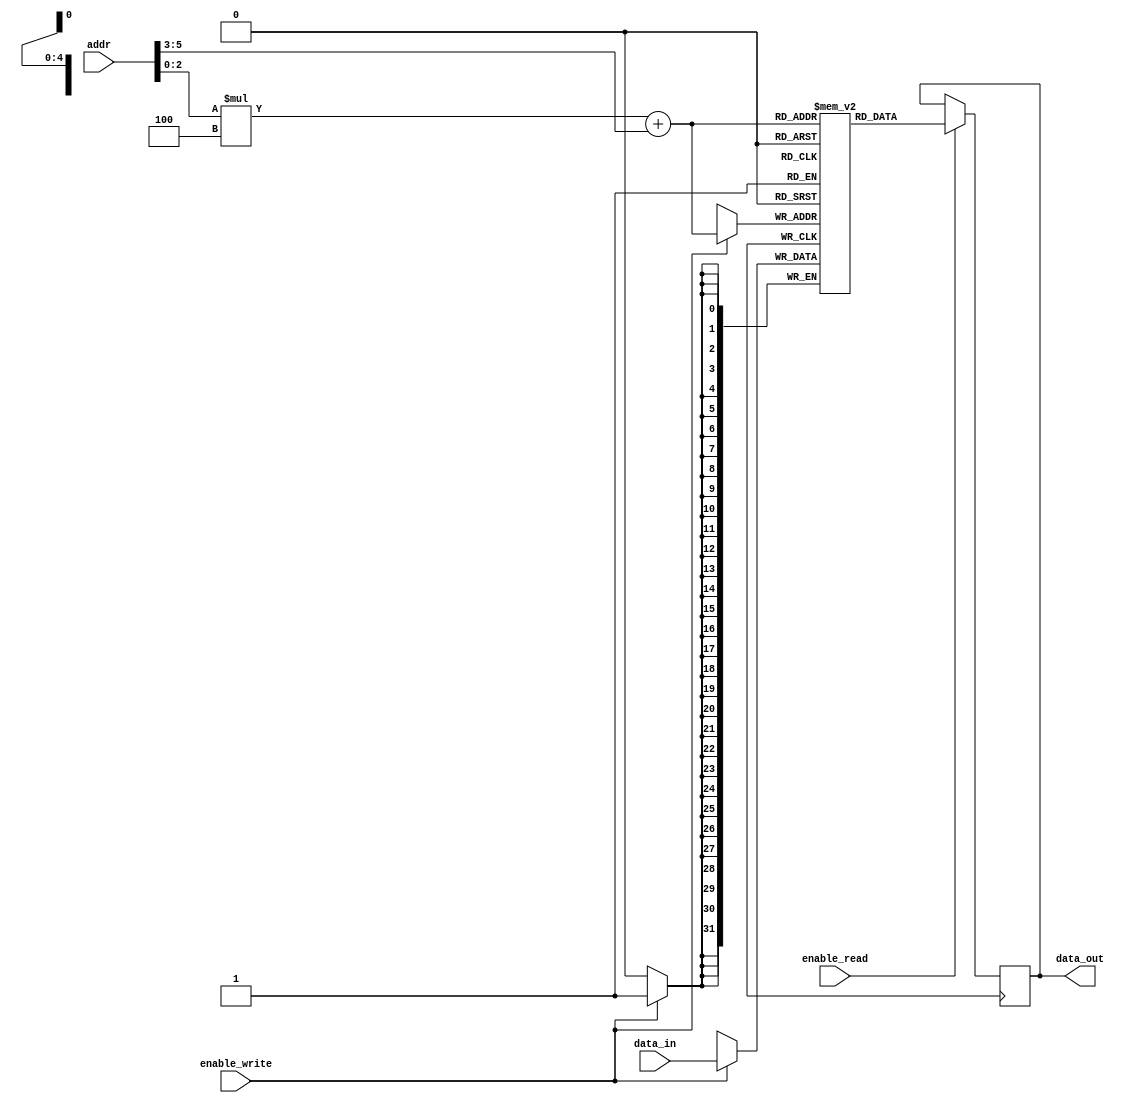
module MemoryBlocksShadowRegFile (
    input wire [5:0] addr, // Address of register being accessed
    input wire enable_read, // Control signal to enable reading operation
    input wire enable_write, // Control signal to enable writing operation
    input wire [31:0] data_in, // Data to be written to shadow register file
    output reg [31:0] data_out // Data read from shadow register file
);

reg [31:0] shadow_reg_file[7:0][3:0]; // 8 rows and 4 columns of shadow register blocks

always @ (posedge clk) begin
    if (enable_read) begin
        data_out <= shadow_reg_file[addr[2:0]][addr[5:3]];
    end
    if (enable_write) begin
        shadow_reg_file[addr[2:0]][addr[5:3]] <= data_in;
    end
end

endmodule